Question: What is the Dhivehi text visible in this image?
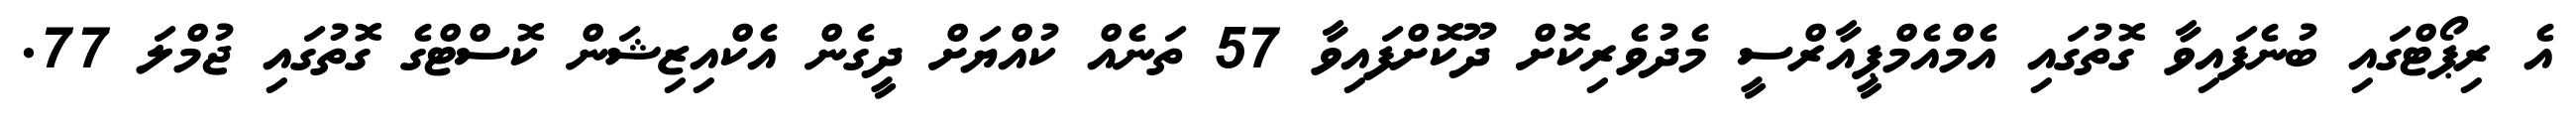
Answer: އެ ރިޕޯޓްގައި ބުނެފައިވާ ގޮތުގައި އެމްއެމްޕީއާރްސީ މެދުވެރިކޮށް ދޫކޮށްފައިވާ 57 ތަނެއް ކުއްޔަށް ދީގެން އެކްއިޒިޝަން ކޮސްޓްގެ ގޮތުގައި ޖުމްލަ 77.